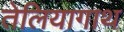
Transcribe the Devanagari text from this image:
तेलियागाथ